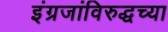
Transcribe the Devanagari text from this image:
इंग्रजांविरुद्धच्या